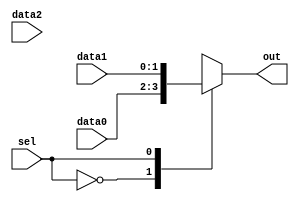
module multiplexer_behavioral (
    input wire sel,
    input wire [1:0] data0,
    input wire [1:0] data1,
    input wire [1:0] data2,
    output wire [1:0] out
);

always @* begin
    case (sel)
        2'b00: out = data0;
        2'b01: out = data1;
        2'b10: out = data2;
        default: out = 2'b00; // default case if sel does not match any of the above conditions
    endcase
end

endmodule